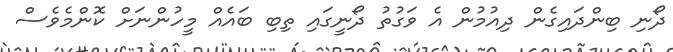
ދޯނި ބިންދައިގެން ދިއުމުން އެ ވަގުތު ދޯނީގައި ތިބި ބައެއް މީހުންނަށް ކޮންމެވެސް